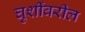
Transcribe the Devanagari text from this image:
घुशींवरील